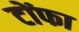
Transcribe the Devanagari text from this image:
टोंफा